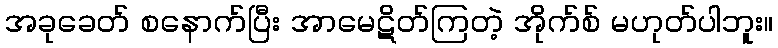
အခုခေတ် စနောက်ပြီး အာမေဋိတ်ကြတဲ့ အိုက်စ် မဟုတ်ပါဘူး။